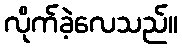
လိုက်ခဲ့လေသည်။